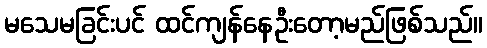
မသေမခြင်းပင် ထင်ကျန်နေဦးတော့မည်ဖြစ်သည်။